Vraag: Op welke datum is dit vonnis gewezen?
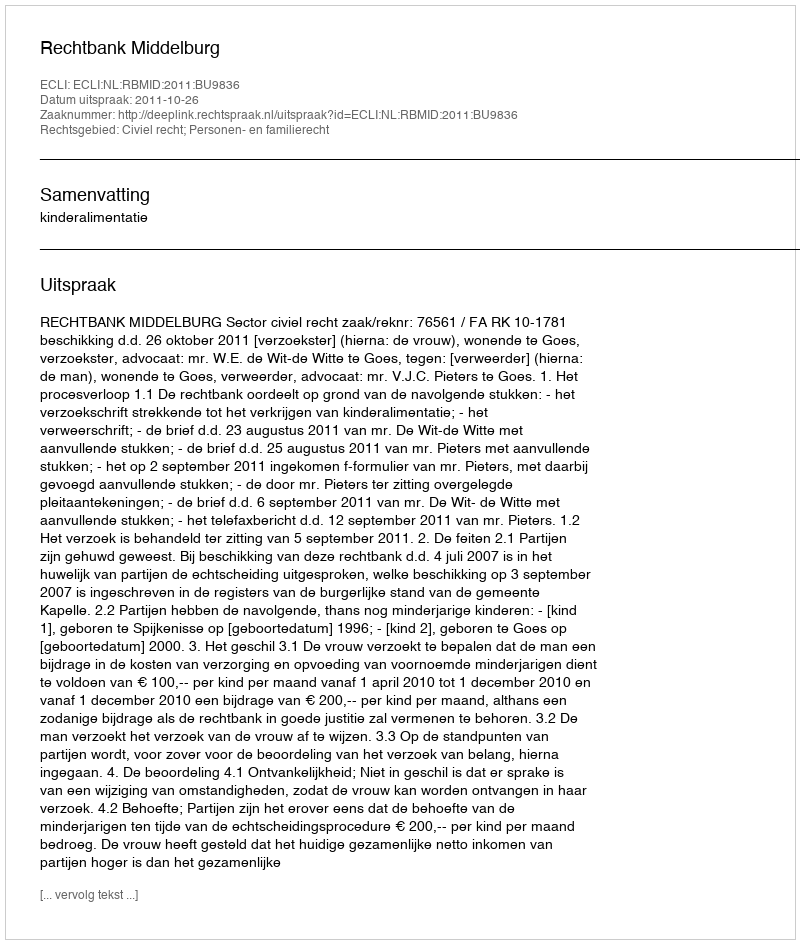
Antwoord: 2011-10-26